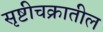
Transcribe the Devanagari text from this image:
सृष्टीचक्रातील